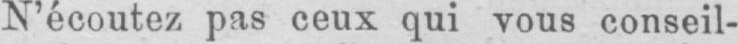
N’écoutez pas ceux qui vous conseil-